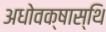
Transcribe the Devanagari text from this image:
अधोवक्षास्थि